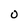
Character: O